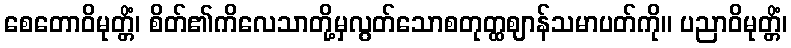
စေတောဝိမုတ္တိံ၊ စိတ်၏ကိလေသာတို့မှလွတ်သောစတုတ္ထဈာန်သမာပတ်ကို။ ပညာဝိမုတ္တိံ၊